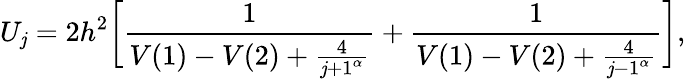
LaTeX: U_{\mathit{j}}=2h^{2}\bigg[\frac{{1}}{{V(1)-V(2)+\frac{{4}}{{{\mathit{j}+1}^{\alpha}}}}}+\frac{{1}}{{V(1)-V(2)+\frac{{4}}{{{\mathit{j}-1}^{\alpha}}}}}\bigg],